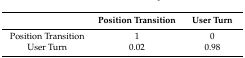
|  | Position Transition | User Turn |
 | --- | --- | --- |
 | Position Transition | 1 | 0 |
 | User Turn | 0.02 | 0.98 |